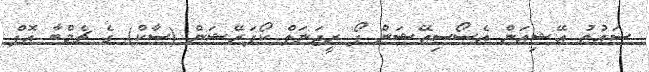
ސައުތު އޭޝިއަން އެސޯސިއޭޝަން ފޯ ރީޖަނަލް ކޯޕަރޭޝަން (ސާކް) ގެ ޗެމްބާ އޮފް